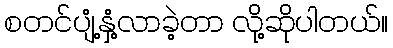
စတင်ပျံ့နှံ့လာခဲ့တာ လို့ဆိုပါတယ်။